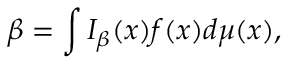
\beta = \int I _ { \beta } ( x ) f ( x ) d \mu ( x ) ,